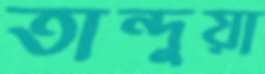
তান্দুয়া